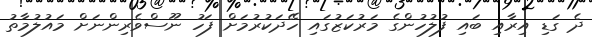
ދެ ގަޑި އިރާއި ބައި ފުލުހުންގެ މަރުކަޒުގައި ހޭދަކުރުމަށް ފަހު ނޫސްވެރިންނަށް މައުލުމާތު